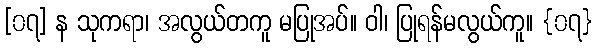
[၀၇] န သုကရာ၊ အလွယ်တကူ မပြုအပ်။ ဝါ၊ ပြုရန်မလွယ်ကူ။ {၀၇}